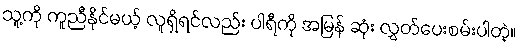
သူ့ကို ကူညီနိုင်မယ့် လူရှိရင်လည်း ပါရီကို အမြန် ဆုံး လွှတ်ပေးစမ်းပါတဲ့။